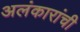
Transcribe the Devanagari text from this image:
अलंकारांची